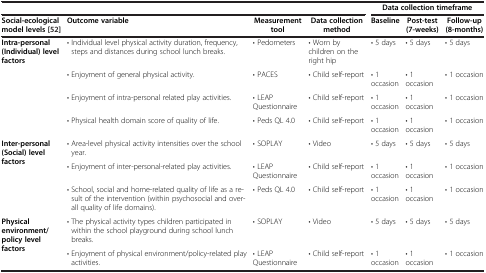
| <COLSPAN=4>  | <COLSPAN=3> Data collection timeframe |
 | Social-ecological model levels[52] | Outcome variable | Measurement tool | Data collection method | Baseline | Post-test (7-weeks) | Follow-up (8-months) |
 | --- | --- | --- | --- | --- | --- | --- |
 | <ROWSPAN=4> Intra-personal (Individual) level factors | • Individual level physical activity duration, frequency, steps and distances during school lunch breaks. | • Pedometers | • Worn by children on the right hip | • 5 days | • 5 days | • 5 days |
 | • Enjoyment of general physical activity. | • PACES | • Child self-report | • 1 occasion | • 1 occasion | • 1 occasion |
 | • Enjoyment of intra-personal related play activities. | • LEAP Questionnaire | • Child self-report | • 1 occasion | • 1 occasion | • 1 occasion |
 | • Physical health domain score of quality of life. | • Peds QL 4.0 | • Child self-report | • 1 occasion | • 1 occasion | • 1 occasion |
 | <ROWSPAN=3> Inter-personal (Social) level factors | • Area-level physical activity intensities over the school year. | • SOPLAY | • Video | • 5 days | • 5 days | • 5 days |
 | • Enjoyment of inter-personal-related play activities. | • LEAP Questionnaire | • Child self-report | • 1 occasion | • 1 occasion | • 1 occasion |
 | • School, social and home-related quality of life as a result of the intervention (within psychosocial and overall quality of life domains). | • Peds QL 4.0 | • Child self-report | • 1 occasion | • 1 occasion | • 1 occasion |
 | <ROWSPAN=2> Physical environment/policy level factors | • The physical activity types children participated in within the school playground during school lunch breaks. | • SOPLAY | • Video | • 5 days | • 5 days | • 5 days |
 | • Enjoyment of physical environment/policy-related play activities. | • LEAP Questionnaire | • Child self-report | • 1 occasion | • 1 occasion | • 1 occasion |